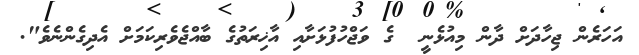
އަހަރެން ޖިހާދަށް ދާން މިއުޅެނީ  ގެ ވަޖްހުފުޅަށާއި އާޚިރަތުގެ ބާއްޖެވެރިކަމަށް އެދިގެންނެވެ".